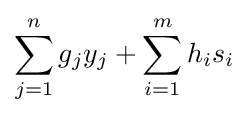
\sum _{j=1}^{n}g_{j}y_{j}+\sum _{i=1}^{m}h_{i}s_{i}